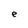
Character: e